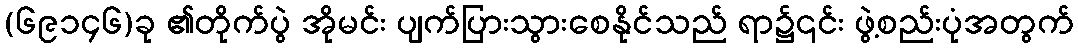
(၆၉၁၄၆)ခု ၏တိုက်ပွဲ အိုမင်း ပျက်ပြားသွားစေနိုင်သည် ရာ၌၎င်း ဖွဲ့စည်းပုံအတွက်